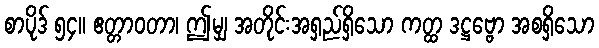
စာပိုဒ် ၅၄။ ဧတ္တာဝတာ၊ ဤမျှ အတိုင်းအရှည်ရှိသော ကတ္ထ ဒဋ္ဌဗ္ဗော အစရှိသော